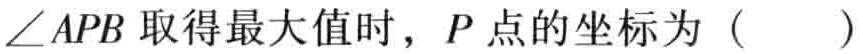
$\angle APB\text{ 取得最大值时，}P\text{ 点的坐标为（  ）}$